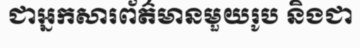
ជាអ្នកសារព័ត៌មានមួយរូប និងជា